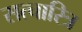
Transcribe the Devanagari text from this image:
सत्चारित्र